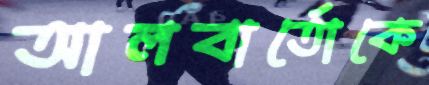
আলবার্তোকে